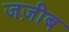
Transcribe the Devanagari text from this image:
जज़ीब